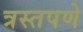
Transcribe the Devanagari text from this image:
त्रस्तपणे